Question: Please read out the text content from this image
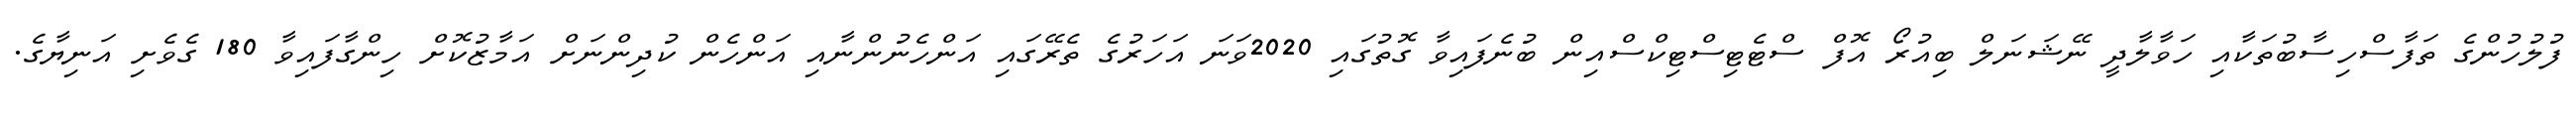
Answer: ފުލުހުންގެ ތަފާސްހިސާބުތަކާއި ހަވާލާދީ ނޭޝަނަލް ބިއުރޯ އޮފް ސްޓެޓިސްޓިކްސްއިން ބުނެފައިވާ ގޮތުގައި 2020ވަނަ އަހަރުގެ ތެރޭގައި އަންހެނުންނާއި އަންހެން ކުދިންނަށް އަމާޒުކޮށް ހިންގާފައިވާ 180 ގެވެށި އަނިޔާގެ.